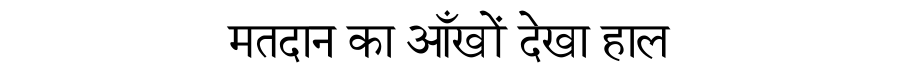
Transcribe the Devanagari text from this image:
मतदान का आँखों देखा हाल